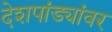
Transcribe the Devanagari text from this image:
देशपांड्यांवर